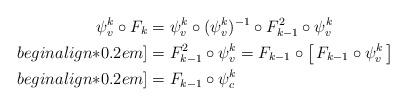
LaTeX: \begin{align*} \begin{aligned} \psi^k_v \circ F_k &= \psi^k_v \circ (\psi^k_v)^{-1} \circ F_{k-1}^2 \circ \psi^k_v \\begin{align*}0.2em]&= F_{k-1}^2 \circ \psi^k_v = F_{k-1} \circ \big[\,F_{k-1} \circ \psi^k_v \,\big] \\begin{align*}0.2em] &= F_{k-1} \circ \psi^k_c\end{aligned}\end{align*}